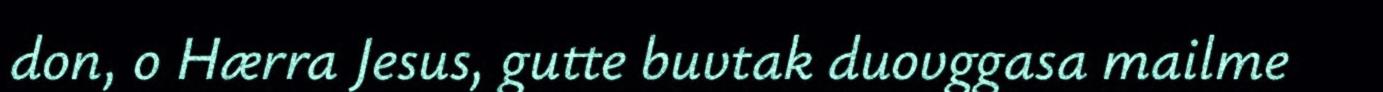
don, o Hærra Jesus, gutte buvtak duovggasa mailme